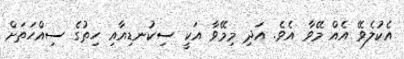
އެކުލެވޭ އެއް މޭވާ އެވެ. އަދި މިމޭވާ އަކީ ސިކުނޑިއާއި ހިތުގެ ސިއްހަތަށް